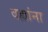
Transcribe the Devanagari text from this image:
वह्यांना